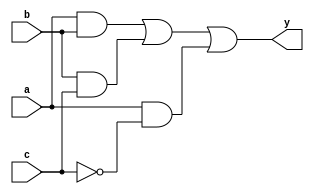
module combinational_logic (
    input wire a,         // Input signal a
    input wire b,         // Input signal b
    input wire c,         // Input signal c
    output reg y          // Output signal y
);

// Always block for combinational logic
always @ (a, b, c) begin
    // Combinational logic expression
    y = (a & b) | (b & c) | (a & ~c); // Example logic expression
end

endmodule